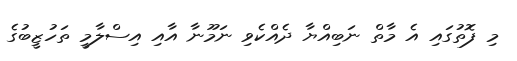
މި ފޮތުގައި އެ މާތް ނަބިއްޔާ ދެއްކެވި ނަމޫނާ އާއި އިސްލާމީ ތަހުޒީބުގެ